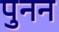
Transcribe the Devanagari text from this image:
पुनन